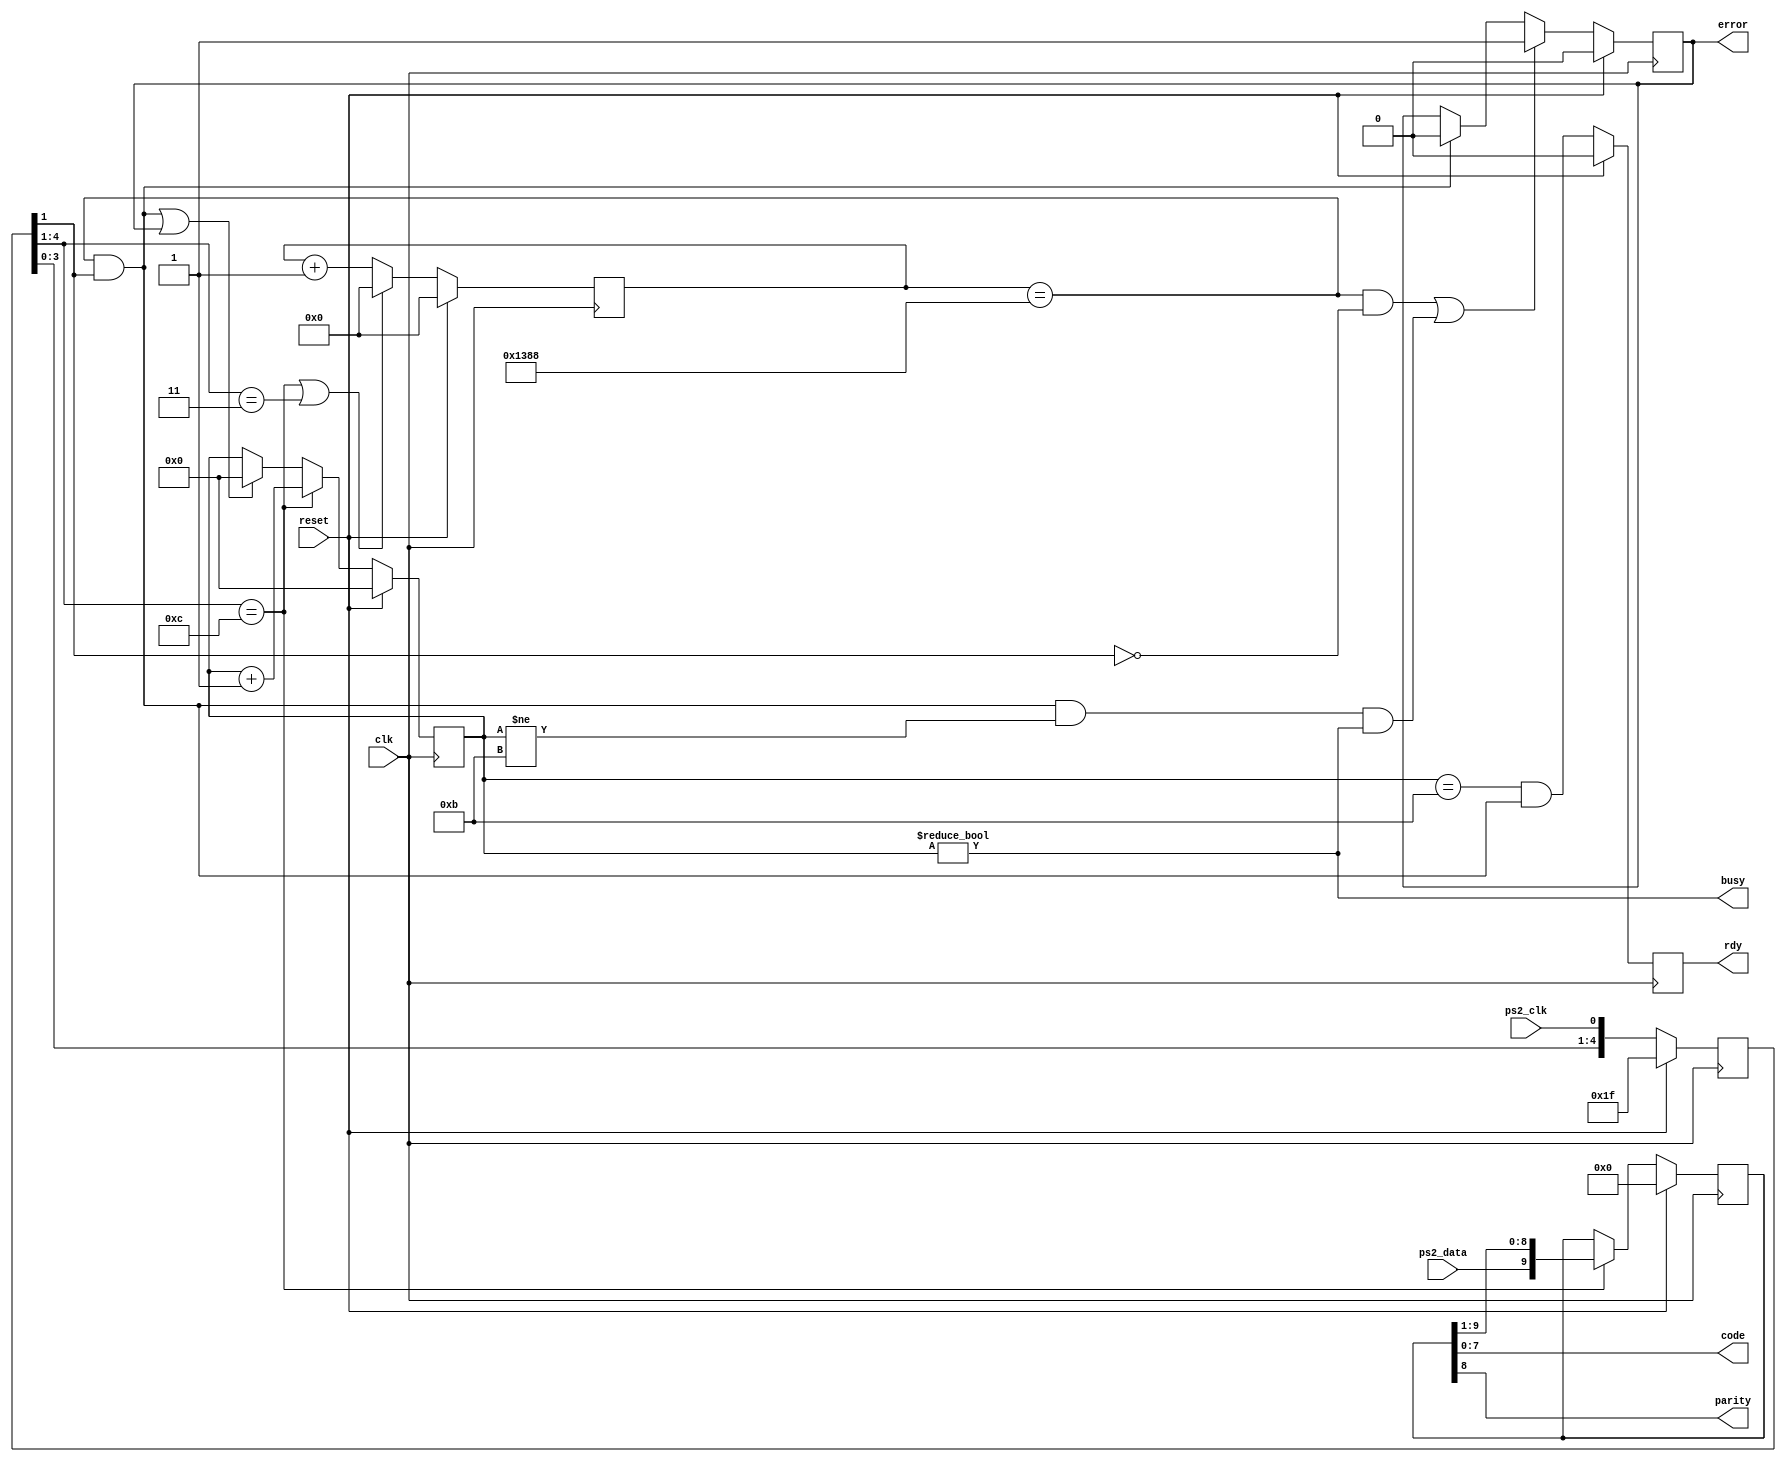
// ps2.v --- ---!!!
//
// Monitor the serial datastream and clock from a PS/2 keyboard or
// mouse and output each byte received.
//
// The clock from the PS/2 keyboard is sampled at the frequency of the
// main clock input; edges are extracted.  The main clock must be
// substantially faster than the 10 KHz PS/2 clock - 200 KHz or more.
//
// The code is only valid when the ready signal is high.  The scancode
// should be registered by an external circuit on the first clock edge
// after the ready signal goes high.
//
// The error flag is set whenever the PS/2 clock stops pulsing and the
// PS/2 clock is either at a low level or less than 11 bits of serial
// data have been received (start + 8 data + parity + stop).

/* verilator lint_off WIDTH */

`timescale 1ns/1ps
`default_nettype none

module ps2(/*AUTOARG*/
   // Outputs
   code, parity, busy, rdy, error,
   // Inputs
   clk, reset, ps2_clk, ps2_data
   );

   parameter FREQ = 50000;	// Main clock frequency (KHz).
   parameter PS2_FREQ = 10;	// Keyboard clock frequency (KHz).

   input clk;			// Main clock.
   input reset;			// Asynchronous reset.

   input ps2_clk;		// Clock from keyboard.
   input ps2_data;		// Data from keyboard.

   output [7:0] code;		// Received byte.
   output parity;		// Parity bit for scancode.
   output busy;			// Busy receiving scancode.
   output rdy;			// Scancode ready pulse.
   output error;		// Error receiving scancode.

   ////////////////////////////////////////////////////////////////////////////////

   localparam TIMEOUT = FREQ / PS2_FREQ; // Quiet timeout.

   reg [13:0] timer_r;		// Time since last PS/2 clock edge.
   wire [13:0] timer_c;

   reg [3:0] bitcnt_r;		// Number of received scancode bits.
   wire [3:0] bitcnt_c;

   reg [4:0] ps2_clk_r;		// PS/2 clock sync/edge detect.
   wire [4:0] ps2_clk_c;

   reg [9:0] sc_r;		// Scancode shift register.
   wire [9:0] sc_c;

   reg error_r;			// Set when an error occurs.
   wire error_c;

   reg rdy_r;			// Set when scancode ready.
   wire rdy_c;

   wire ps2_clk_edge;	   // On falling edge of PS/2 clock.
   wire ps2_clk_fall_edge; // On rising edge of PS/2 clock.
   wire ps2_clk_quiet;	   // When no edges on PS/2 clock for TIMEOUT.
   wire ps2_clk_rise_edge; // When scancode has been received.

   wire scancode_rdy;

   ////////////////////////////////////////////////////////////////////////////////

   // Sample PS/2 clock.
   assign ps2_clk_c = {ps2_clk_r[3:0], ps2_clk};

   // Find PS/2 clock edges.
   assign ps2_clk_fall_edge = ps2_clk_r[4:1] == 4'b1100;
   assign ps2_clk_rise_edge = ps2_clk_r[4:1] == 4'b0011;
   assign ps2_clk_edge = ps2_clk_fall_edge || ps2_clk_rise_edge;

   // Sample PS/2 data line on falling edge of PS/2 clock.
   assign sc_c = ps2_clk_fall_edge ? {ps2_data, sc_r[9:1]} : sc_r;

   // Clear edge timer when we see a clock edge.
   assign timer_c = ps2_clk_edge ? 0 : (timer_r + 1);

   // Notice when PS/2 clock is idle
   assign ps2_clk_quiet = timer_r == TIMEOUT && ps2_clk_r[1];

   // Increment bit counter on falling edge of the PS/2 clock.  Reset
   // bit counter if the PS/2 clock is idle or there was an error
   // receiving the scancode.
   assign bitcnt_c = ps2_clk_fall_edge ? (bitcnt_r + 1) :
		     (ps2_clk_quiet || error_r) ? 0 :
		     bitcnt_r;

   // Detect ready - bit counter = 11 & PS/2 clock idle.
   assign scancode_rdy = bitcnt_r == 4'd11 && ps2_clk_quiet;

   assign rdy_c = scancode_rdy;

   // Detect error - clock low too long or idle during scancode RX.
   assign error_c = (timer_r == TIMEOUT && ps2_clk_r[1] == 0) ||
		    (ps2_clk_quiet && bitcnt_r != 4'd11 && bitcnt_r != 4'd0) ?
		    ///---!!!		    1 : error_r;		    
		    1 : (ps2_clk_quiet ? 0 : error_r);

   // Update various registers.
   always @(posedge clk)
     if (reset) begin
	ps2_clk_r <= 5'b11111;  // Assume PS/2 clock has been high.
	/*AUTORESET*/
	// Beginning of autoreset for uninitialized flops
	bitcnt_r <= 4'h0;
	error_r <= 1'h0;
	rdy_r <= 1'h0;
	sc_r <= 10'h0;
	timer_r <= 14'h0;
	// End of automatics
     end else begin
	ps2_clk_r <= ps2_clk_c;
	sc_r <= sc_c;
	rdy_r <= rdy_c;
	timer_r <= timer_c;
	bitcnt_r <= bitcnt_c;
	error_r <= error_c;
     end

   ////////////////////////////////////////////////////////////////////////////////
   // Outputs

   assign code = sc_r[7:0];	   // Scancode.
   assign parity = sc_r[8];	   // Parity bit for the scancode.
   assign busy = bitcnt_r != 4'd0; // Busy when receiving scancode.
   assign rdy = rdy_r;		   // Scancode ready flag.
   assign error = error_r;	   // Error flag.

endmodule

`default_nettype wire

// Local Variables:
// verilog-library-directories: (".")
// End: